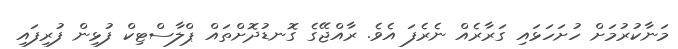
މަނާކުރުމަށް ހުށަހަޅައި ގަރާރެއް ނެރެފަ އެވެ. ރާއްޖޭގެ ގޮނޑުދޮށްތައް ޕްލާސްޓިކް ފުޅިން ފުރިފައި